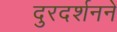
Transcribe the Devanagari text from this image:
दुरदर्शनने